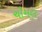
ચોમલ